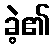
ခဲ့၏